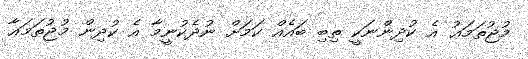
މުޖުތަމަޢު އެ ކުދިންނަކީ ތިބި ބައެއް ކަމަށް ނުދެކުނީމާ އެ ކުދިން މުޖުތަމަޢާ